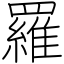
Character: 羅